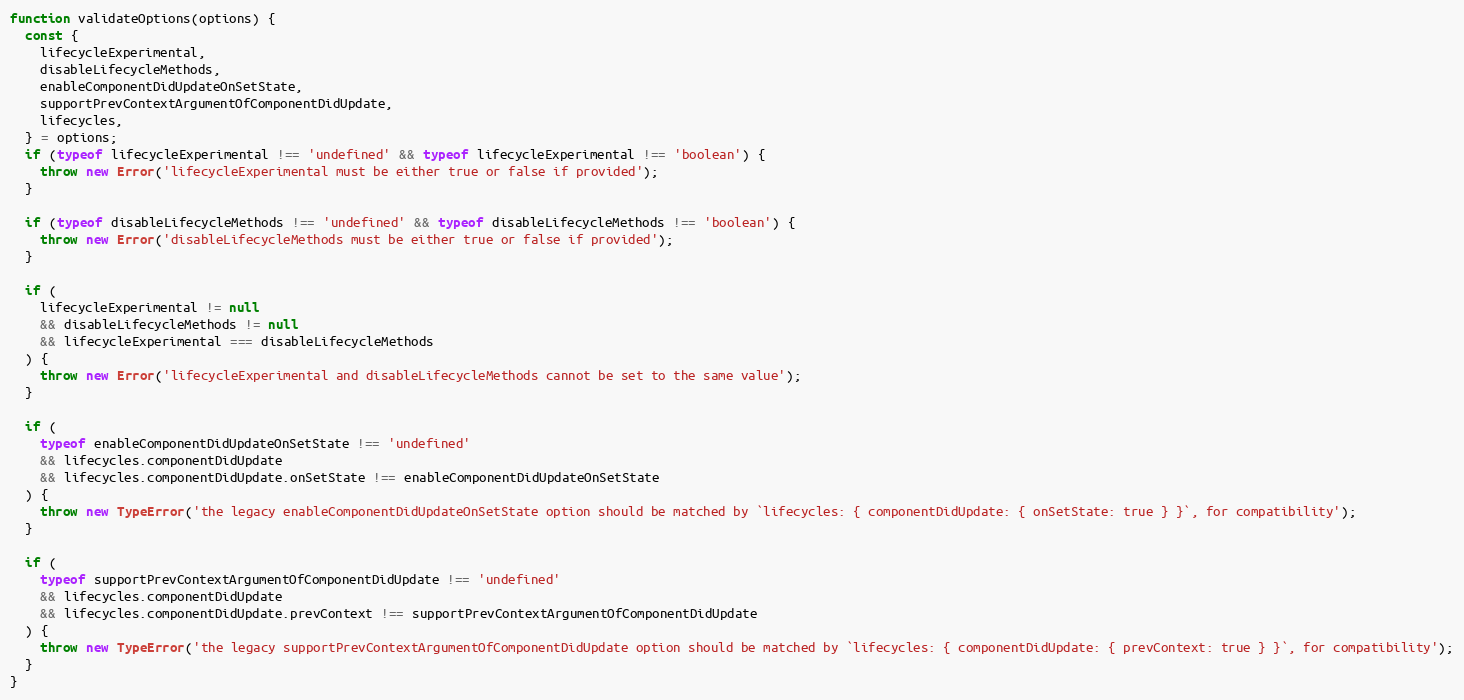
Language: JavaScript
function validateOptions(options) {
  const {
    lifecycleExperimental,
    disableLifecycleMethods,
    enableComponentDidUpdateOnSetState,
    supportPrevContextArgumentOfComponentDidUpdate,
    lifecycles,
  } = options;
  if (typeof lifecycleExperimental !== 'undefined' && typeof lifecycleExperimental !== 'boolean') {
    throw new Error('lifecycleExperimental must be either true or false if provided');
  }

  if (typeof disableLifecycleMethods !== 'undefined' && typeof disableLifecycleMethods !== 'boolean') {
    throw new Error('disableLifecycleMethods must be either true or false if provided');
  }

  if (
    lifecycleExperimental != null
    && disableLifecycleMethods != null
    && lifecycleExperimental === disableLifecycleMethods
  ) {
    throw new Error('lifecycleExperimental and disableLifecycleMethods cannot be set to the same value');
  }

  if (
    typeof enableComponentDidUpdateOnSetState !== 'undefined'
    && lifecycles.componentDidUpdate
    && lifecycles.componentDidUpdate.onSetState !== enableComponentDidUpdateOnSetState
  ) {
    throw new TypeError('the legacy enableComponentDidUpdateOnSetState option should be matched by `lifecycles: { componentDidUpdate: { onSetState: true } }`, for compatibility');
  }

  if (
    typeof supportPrevContextArgumentOfComponentDidUpdate !== 'undefined'
    && lifecycles.componentDidUpdate
    && lifecycles.componentDidUpdate.prevContext !== supportPrevContextArgumentOfComponentDidUpdate
  ) {
    throw new TypeError('the legacy supportPrevContextArgumentOfComponentDidUpdate option should be matched by `lifecycles: { componentDidUpdate: { prevContext: true } }`, for compatibility');
  }
}